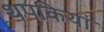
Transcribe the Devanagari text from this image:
थपकियां